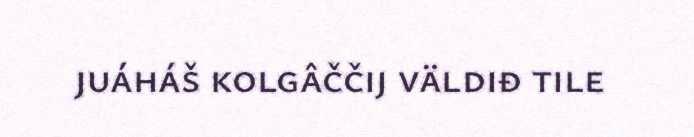
juáháš kolgâččij väldiđ tile